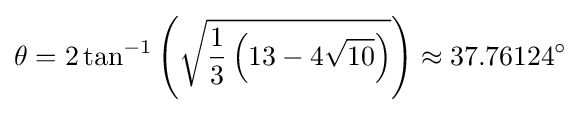
\theta =2\tan ^{-1}\left({\sqrt {{\frac {1}{3}}\left(13-4{\sqrt {10}}\right)}}\right)\approx 37.76124^{\circ }